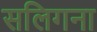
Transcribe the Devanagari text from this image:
सलिगना